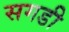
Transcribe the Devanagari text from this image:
सगडी